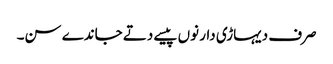
صرف دیہاڑی دار نوں پیسے دتے جاندے سن۔